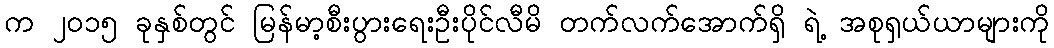
က ၂၀၁၅ ခုနှစ်တွင် မြန်မာ့စီးပွားရေးဦးပိုင်လီမိ တက်လက်အောက်ရှိ ရဲ့ အစုရှယ်ယာများကို